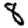
Digit: 8